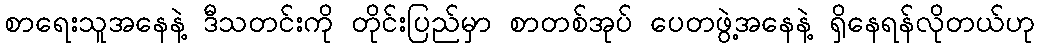
စာရေးသူအနေနဲ့ ဒီသတင်းကို တိုင်းပြည်မှာ စာတစ်အုပ် ပေတဖွဲ့အနေနဲ့ ရှိနေရန်လိုတယ်ဟု